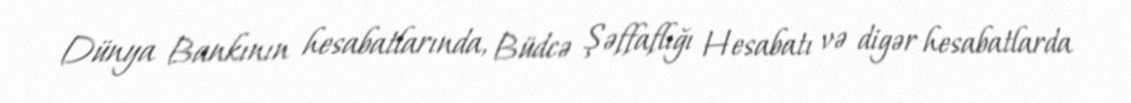
Dünya Bankının hesabatlarında, Büdcə Şəffaflığı Hesabatı və digər hesabatlarda